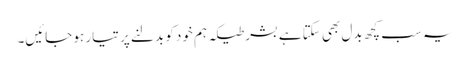
یہ سب کچھ بدل بھی سکتا ہے بشر طیکہ ہم خود کو بدلنے پر تیار ہو جائیں۔